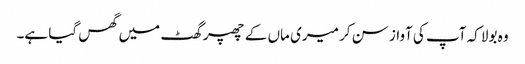
وہ بولا کہ آپ کی آواز سن کر میری ماں کے چھپر گھٹ میں گھس گیا ہے۔